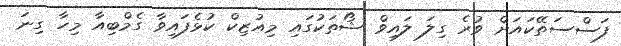
ފަސްސަތޭކައަށް ވުރެ ގިލަ ލައިވް ޝޯތަކުގައި މިއުޒިކް ކުޅެފައިވާ ގެމްބިއާ މިހާ ގިނަ